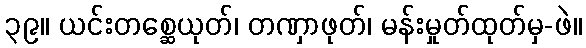
၃၉။ ယင်းတစ္ဆေယုတ်၊ တဏှာဖုတ်၊ မန်းမှုတ်ထုတ်မှ-ဖဲ။